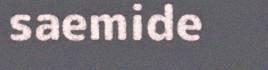
saemide